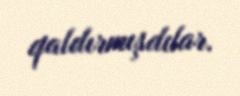
qaldırmışdılar.